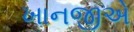
ખાનજીએ